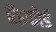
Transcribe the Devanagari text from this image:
ब्रॅडफोर्ड